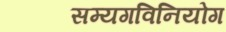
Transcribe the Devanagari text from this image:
सम्यगविनियोग